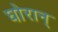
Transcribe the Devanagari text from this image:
घोरान्